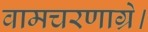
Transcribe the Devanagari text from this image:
वामचरणाग्रे।